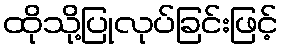
ထိုသို့ပြုလုပ်ခြင်းဖြင့်